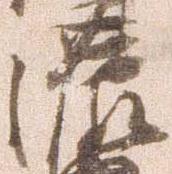
濃